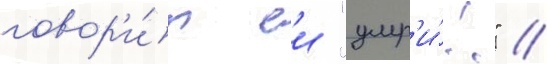
говор'и́т еи "умр'и́!" //